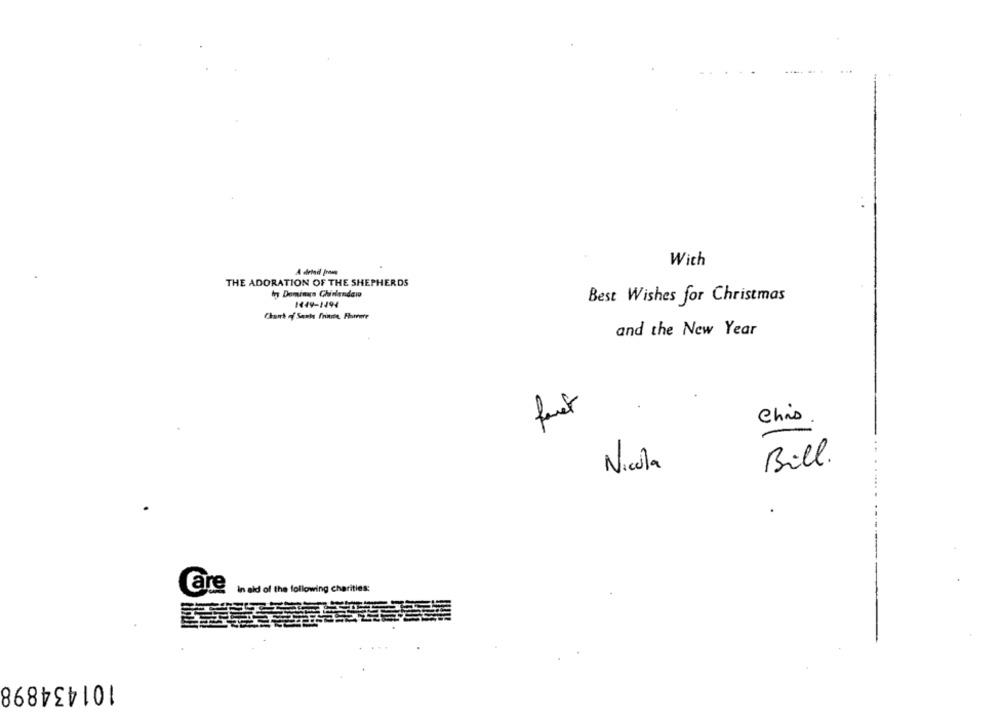
With
THE ADORATION OF THE SHEPHERDS
I Domingo Ghirlandaio
1449-1494
Best Wishes for Christmas
Chart of Santa Trinne, Fhavete
and the New Year
faut
Chis
Bill.
Nicola
Care
in ald of the following charities:
101434898